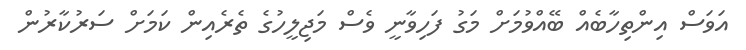
އަވަސް އިންތިހާބެއް ބޭއްވުމަށް މަގު ފަހިވާނީ ވެސް މަޖިލީހުގެ ތެރެއިން ކަމަށް ސަރުކާރުން